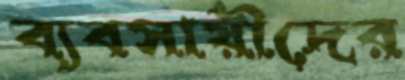
ব্যবসায়ীদের